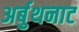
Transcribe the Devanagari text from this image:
अर्बुथनाट